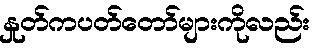
နှုတ်ကပတ်တော်များကိုလည်း